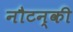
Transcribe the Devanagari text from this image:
नौटन्की